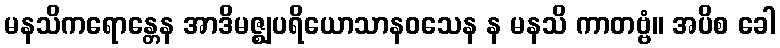
မနသိကရောန္တေန အာဒိမဇ္ဈပရိယောသာနဝသေန န မနသိ ကာတဗ္ဗံ။ အပိစ ခေါ